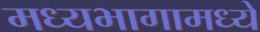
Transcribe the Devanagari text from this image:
मध्यभागामध्ये